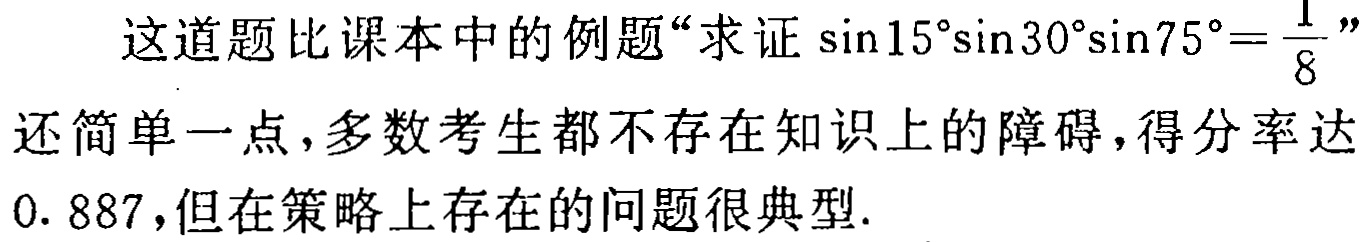
这道题比课本中的例题“求证\(\sin15^{\circ}\sin30^{\circ}\sin75^{\circ}=\frac{1}{8}\)”还简单一点，多数考生都不存在知识上的障碍，得分率达0. 887，但在策略上存在的问题很典型.